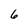
Character: 6